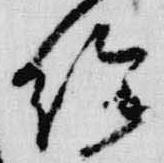
給